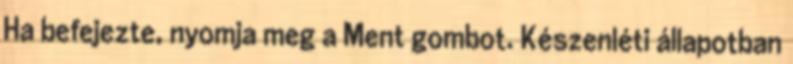
Ha befejezte, nyomja meg a Ment gombot. Készenléti állapotban